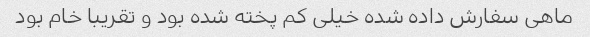
ماهی سفارش داده شده خیلی کم پخته شده بود و تقریبا خام بود